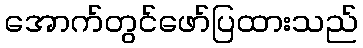
အောက်တွင်ဖော်ပြထားသည်